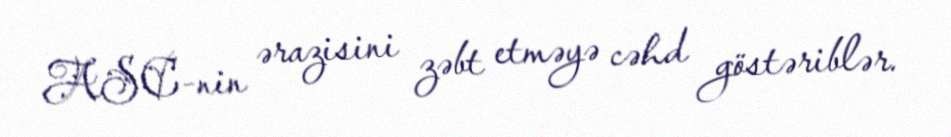
ASC-nin ərazisini zəbt etməyə cəhd göstəriblər.